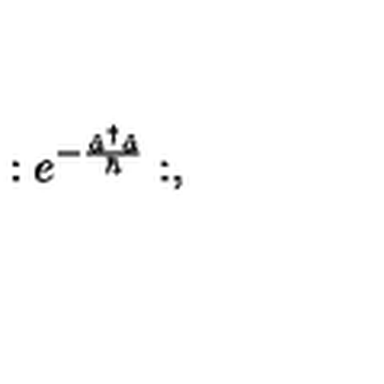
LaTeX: : e ^ { - \frac { { \hat { a } } ^ { \dagger } \hat { a } } { \hbar } } : ,